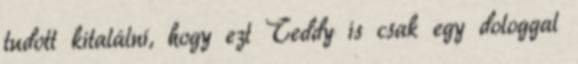
tudott kitalálni, hogy ezt Teddy is csak egy dologgal